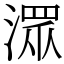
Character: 潀